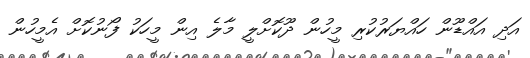
އަދި އައްޑޫން ހައްޔަރުކުރި މީހުން ދޫކޮށްލީ މާލެ އިން މީހަކު ފޯނުކޮށް އެމީހުން